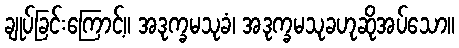
ချုပ်ခြင်းကြောင့်။ အဒုက္ခမသုခံ၊ အဒုက္ခမသုခဟုဆိုအပ်သော။